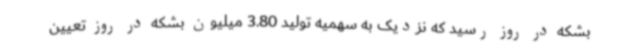
بشکه در روز رسید که نزدیک به سهمیه تولید 3.80 میلیون بشکه در روز تعیین